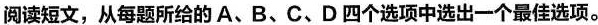
阅读短文，从每题所给的A、B、C、D四个选项中选出一个最佳选项。